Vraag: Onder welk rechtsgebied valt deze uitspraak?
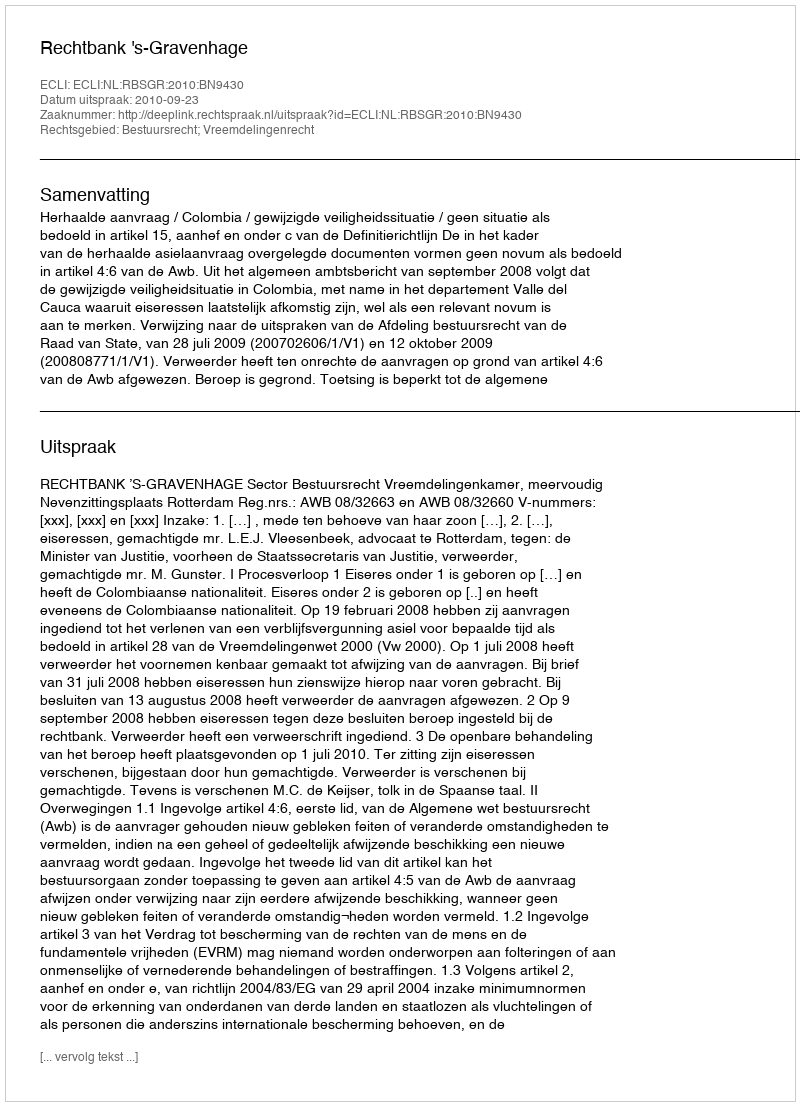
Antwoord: Bestuursrecht; Vreemdelingenrecht